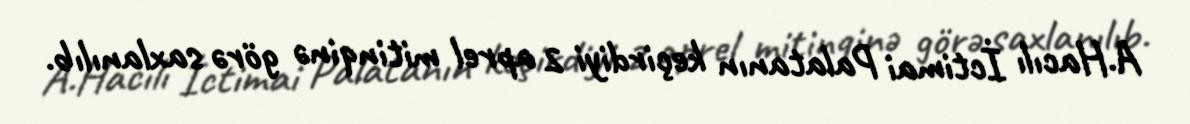
A.Hacılı İctimai Palatanın keçirdiyi 2 aprel mitinqinə görə saxlanılıb.